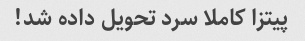
پیتزا کاملا سرد تحویل داده شد!